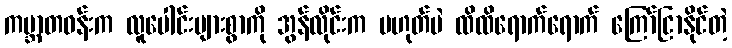
ကမ္ဘာတဝန်းက လူပေါင်းများစွာကို အွန်လိုင်းက မဟုတ်ပဲ ထိထိရောက်ရောက် ကြော်ငြာနိုင်တဲ့